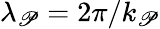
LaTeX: \lambda_{\mathscr{P}}=2\pi/k_{\mathscr{P}}